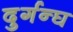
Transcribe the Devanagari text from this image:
दुर्गन्घ